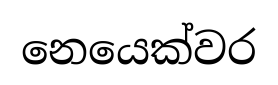
නෙයෙක්වර